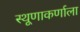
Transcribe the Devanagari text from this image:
स्थूणाकर्णाला